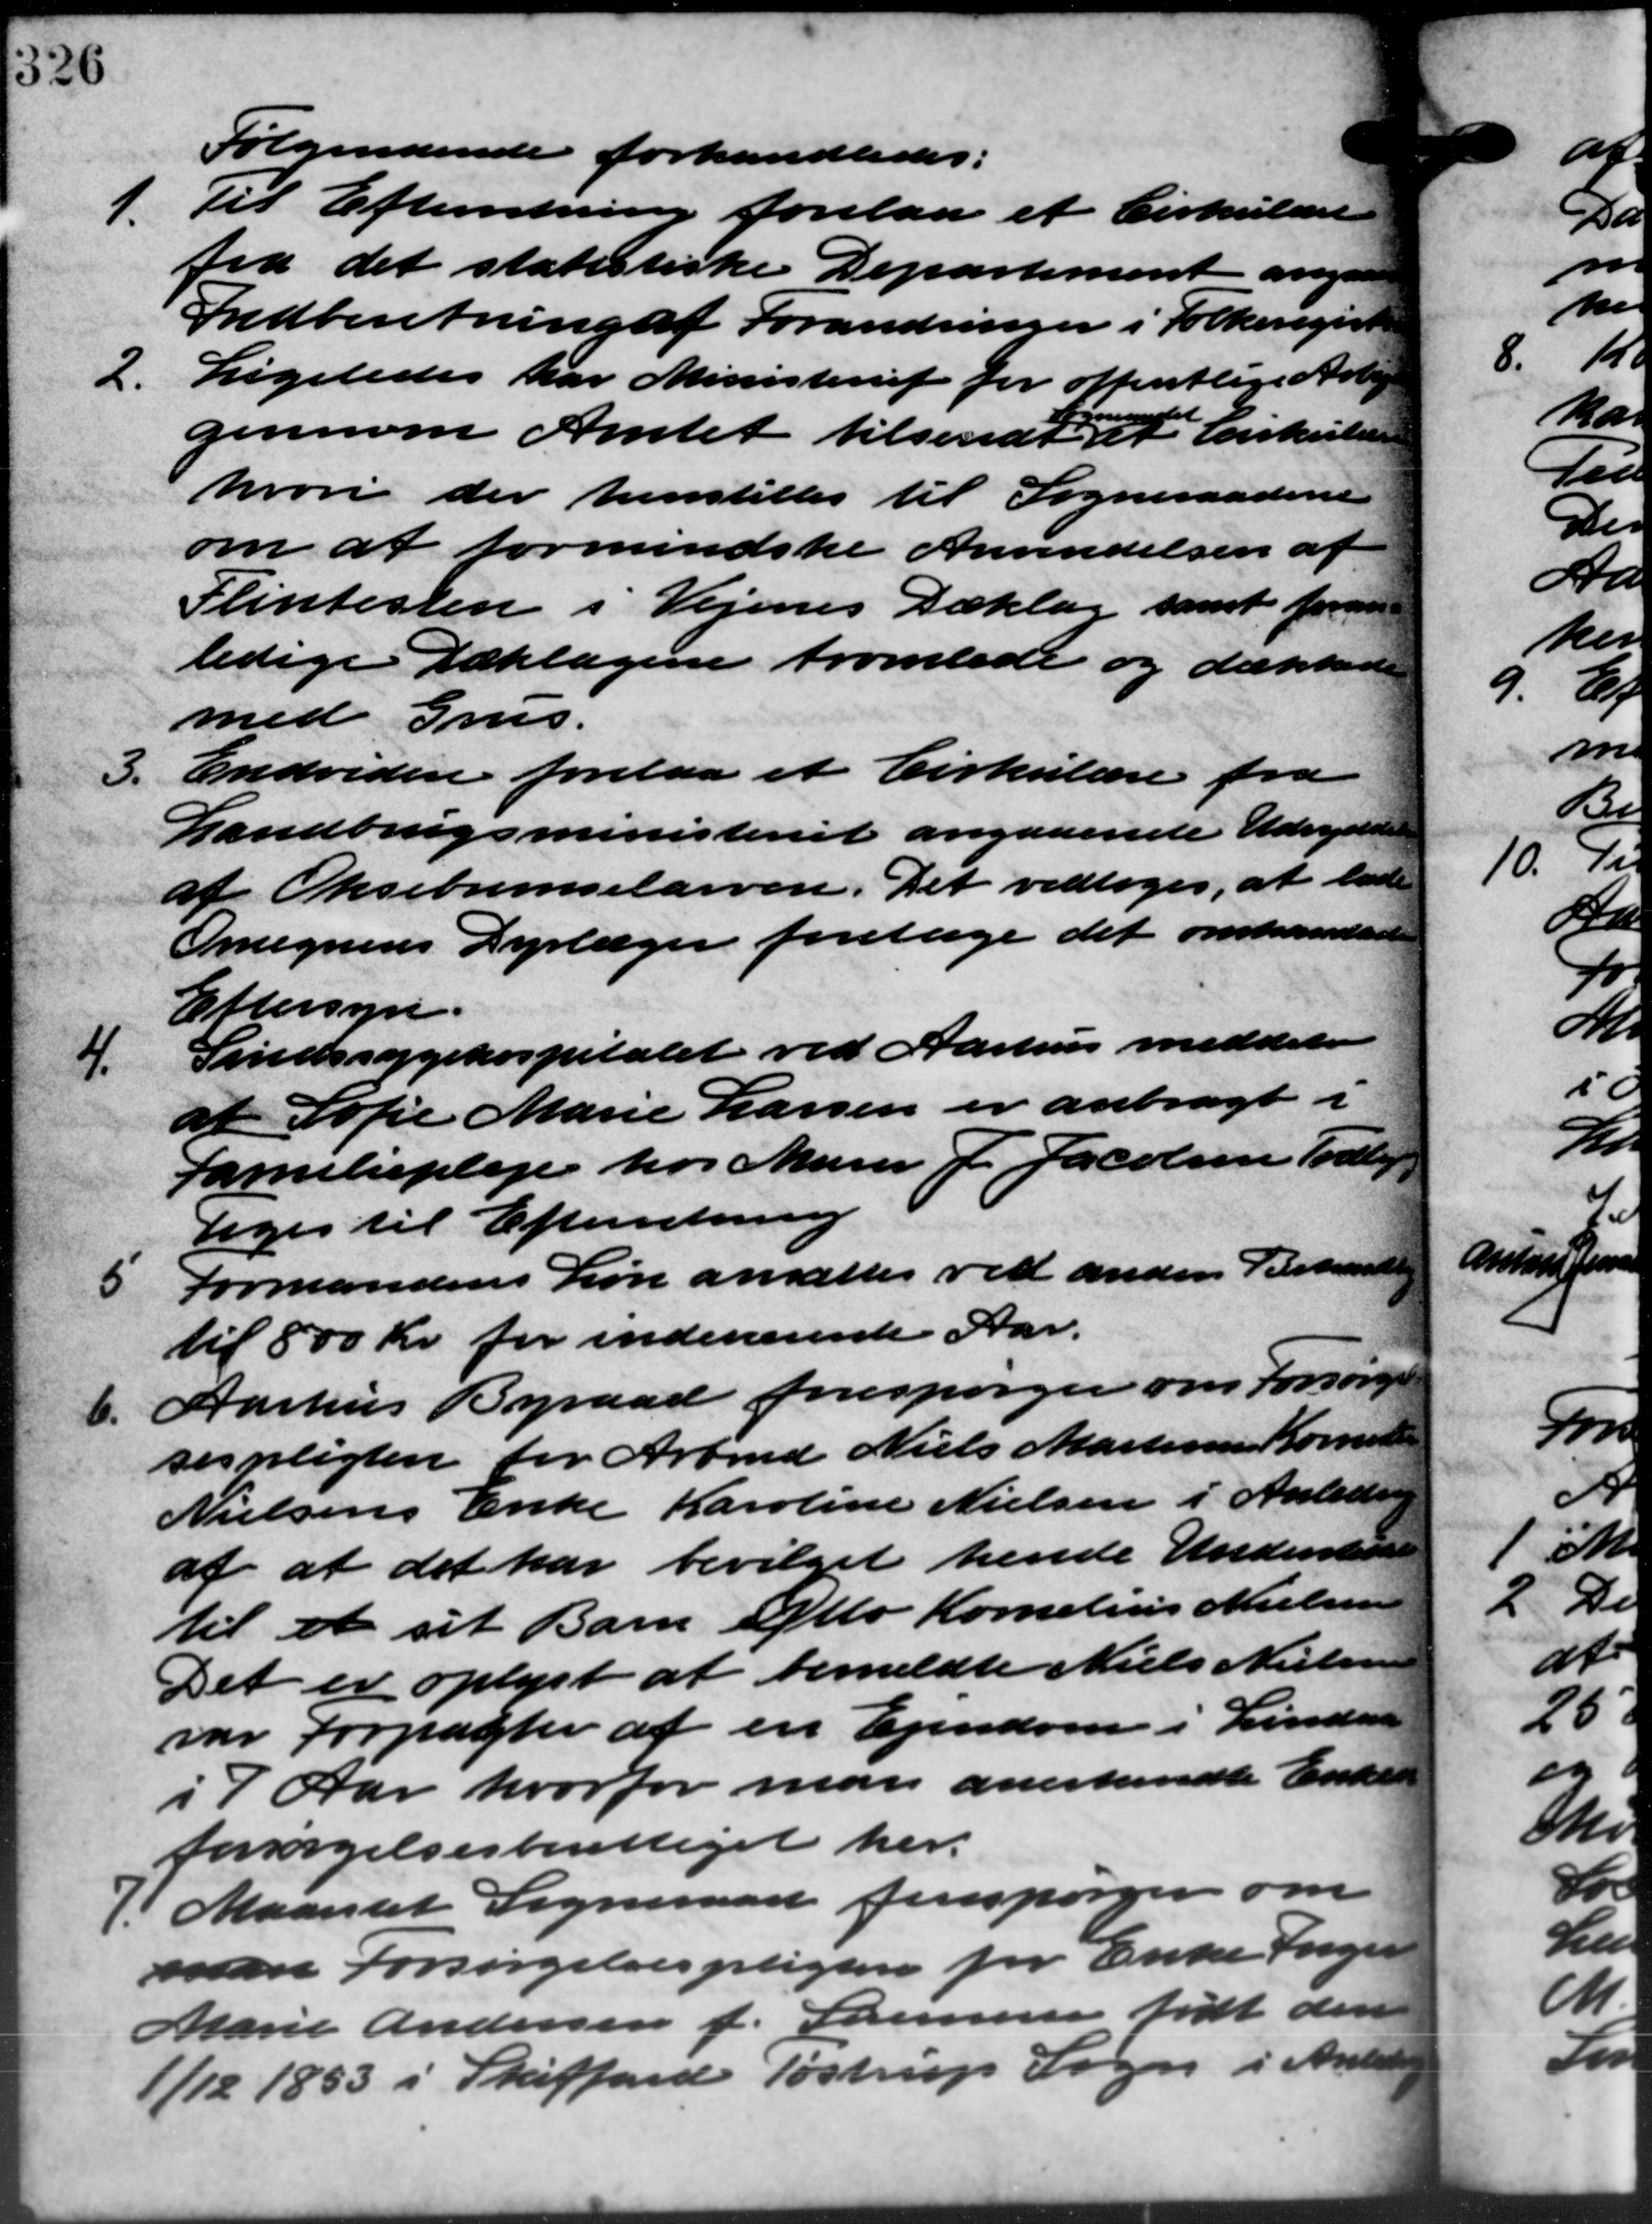
Transskription:
Følgendende forhandledes:
1.
Til Efterretning forelaa et Cirkulære
fra det statistiske Departement angaa
Indberetning af Forandringer i Folkeregistr
2.
Ligeledes har Ministeriet for offentlige Arbej
m
gennem Amtet tilsendt et Cirkulære
hvori der henstilles til Sogneraadene
om at formindske Anvendelsen af
Flintesten i Vejenes Deklag samt form
ledige Deklagen tromlede og dækkede
med Grus.
3.
Endvidere forelaa et Cirkulære fra
Landbrugsministeriet angaaende Udrydelse
af Oksebremselarven. Det vedtoges, at lade
Omegnens Dyrlæger foretage det omhandledes
Eftersyn.
4.
Sindssygehospitalet ved Aarhus meddeler
af Sofie Marie Larsen er anbragt i
Familiepleje hos Murer J. Jacobsen Todbjer
toges til Efterretning
5
Formandens Løn ansættes ved anden Behandling
til 800 Kr. for indeværente Aar.
6.
Aarhus Byraad forespørger om Forsørgel
sespligten for Arbmd. Niels Mortensen Komune
Nielsens Enke Karoline Nielsen i Anledning
af at det har bevilget hende Understøtt
til et sit Barn Otto Kornelius Nielsen
Det er oplyst at bemeldte Niels Nielsen
var forpagter af en Ejendom i Lindaa
i 7 Aar hvorfor man anerkendte Enke
forsørgelsesberettiget her.
7. Maarslet Sogneraad forespørger om
7. Maarslet Sogneraad forespørger om
man forsørgelsespligten for Enke Ingen
Marie Andersen f. Stemmer født den
1/12 1853 i Skiffard, Tøstrup Sogn i Anled